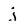
Character: j